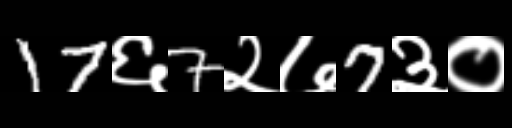
Text: 17६7२७7३०